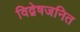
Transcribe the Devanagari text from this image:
विद्वेषजनित